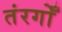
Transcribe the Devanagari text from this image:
तंरगोँ